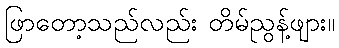
ဖြာတော့သည်လည်း တိမ်ညွန့်ဖျား။